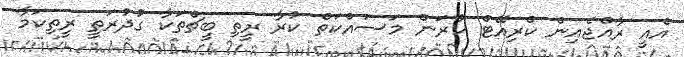
އެއީ ރާއްޖެއިން ކްރިއޭޓް ކުރަން މަސައްކަތް ކުރާ ރީތި ބީޗްތަކާ ގުދުރަތީ ރީތިކަމާ